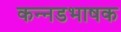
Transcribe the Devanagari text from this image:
कन्‍नडभाषक